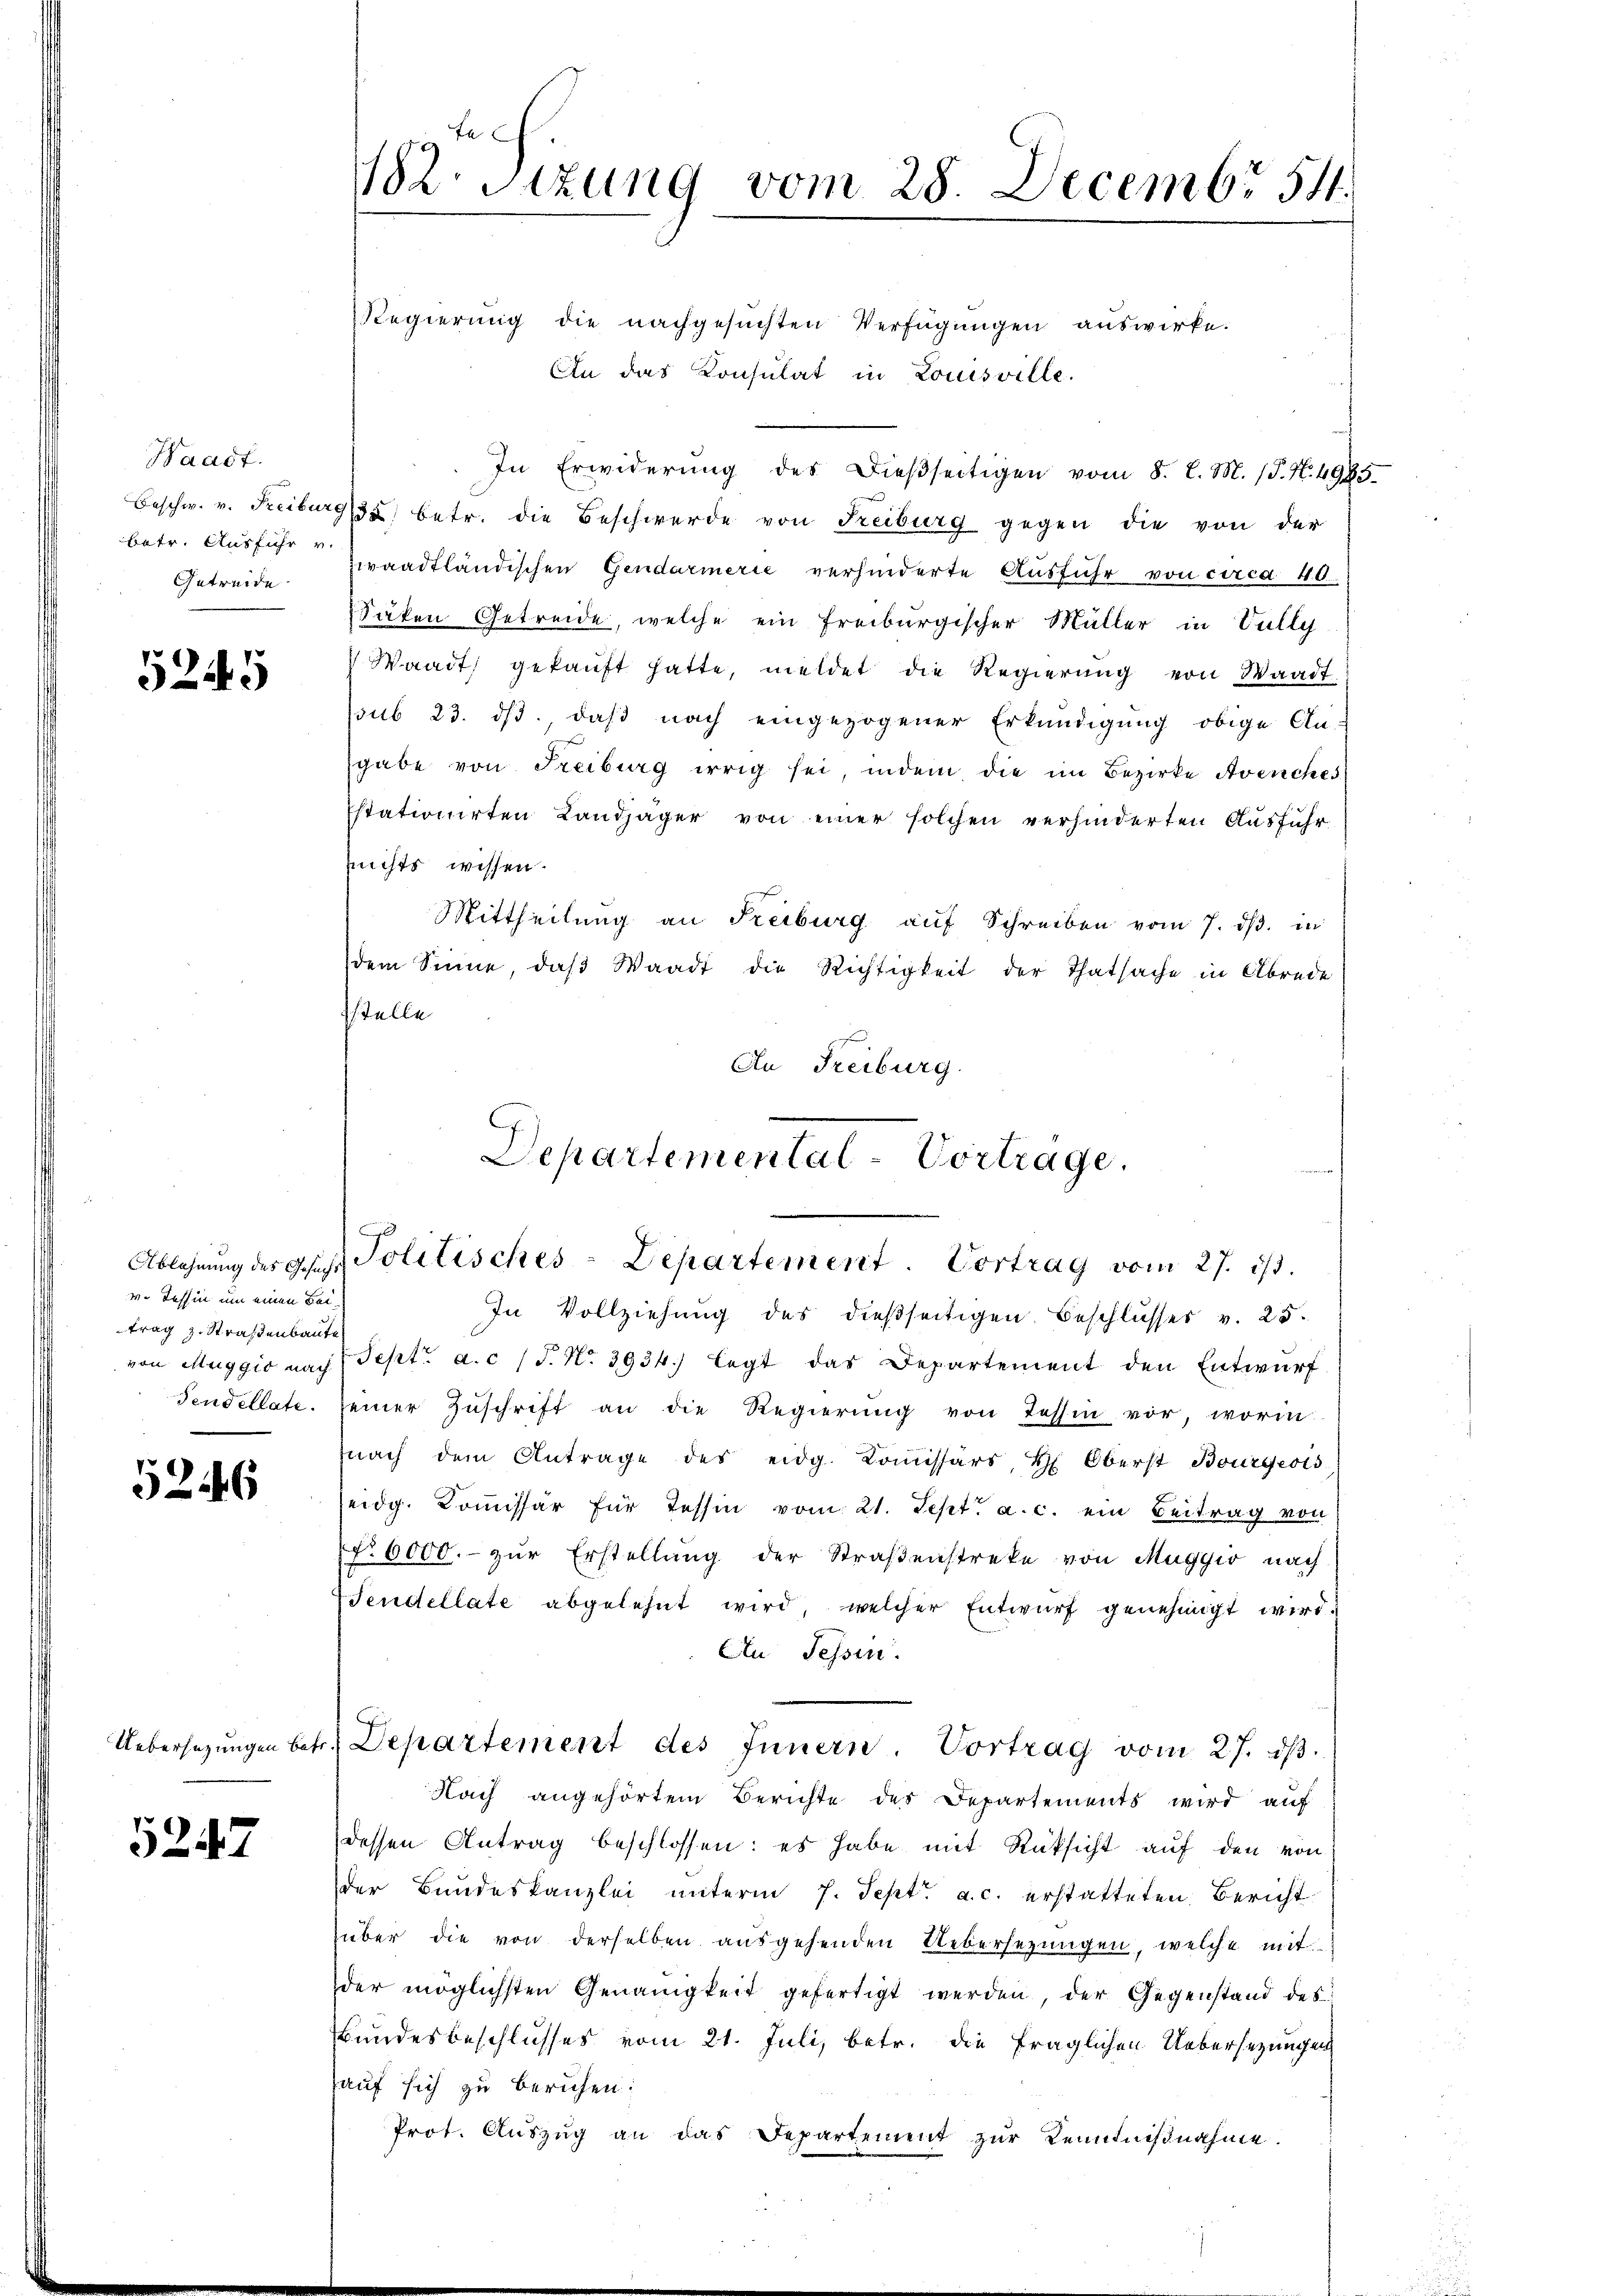
Waadt.
Beschw. v. Freiburg
betr. Ausführ v.
Getreide

5245

v. Tessin um einen Beitrag z. Straßenbaute

5246

5247

2. Sitzung vom 28. Decembr 541.

Regierung die nachgesuchten Verfügungen auswirke.
An das Konsulat in Louisville.
In Erwiderŭng des Dieβseitigen vom 8. l. M. (T. N. 4935
. betr. die Beschwerde von Freiburg gegen die von der
waadtländischen Gendarmerie verhinderte Ausführ von circa 40
Säken Getreide, welche ein freiburgischer Müller in Vully
Waadt gekauft hatte, meldet die Regierung von Waadt
sub 23. ds. daß nach eingezogener Erkundigung obige An-
sgabe von Freiburg irrig sei, indem die im Bezirke Avenches
sstationirten Landjäger von einer solchen verhinderten Ausführnichts wissen.
Mittheilŭng an Freiburg aŭf Schreiben vom 7. dβ. in
dem Sinne, daβ Waadt die Richtigkeit der Thatsache in Abrede
sstelle
An Freiburg.

Departemental-Vortrage.
Ablehnŭng des Gesezt Politisches-Departement. Vortrag vom 27. ist.

In Vollziehung des dießseitigen Beschlusses v. 25.
von Muggio nach Sept. a. c. (T. No. 3934.) legt das Departement den Entwurf
Fendellate seiner Zŭschrift an die Regierŭng von Tessin vor, worin
nach dem Antrage des eidg. Komissärs, H. Oberst Bourgeois
eidg. Koṁissär für Tessin vom 21. Sept. a. c. ein Beitrag von
o 6000.- zŭr Erstellŭng der Straßenstreke von Maggio nach
Tendellate abgelehnt wird, welcher Entwurf genehmigt wird.
An Tessin.
Uebersezungen betr. Departement des Innern Vortrag vom 27. dβ.
Nach angehörtem Berichte des Departements wird auf
dessen Antrag beschlossen: es habe mit Rücksicht auf den von
der Bundeskanzlei unterm 7. Sept. a. c. erstatteten Bericht
über die von derselben aŭsgehenden Uebersezungen, welche mit
der möglichsten Genauigkeit gefertigt werden, der Gegenstand des
Bundesbeschlusses vom 21. Juli, betr. die fraglichen Uebersezungen
auf sich zu beruhen:
Prot. Auszug an das Departement zur Kenntnißnahme.